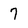
Character: 7